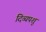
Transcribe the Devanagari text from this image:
दिव्यपशु